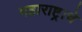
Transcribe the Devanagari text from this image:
महाराष्ट्र्राचे